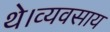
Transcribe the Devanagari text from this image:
थे।व्यवसाय